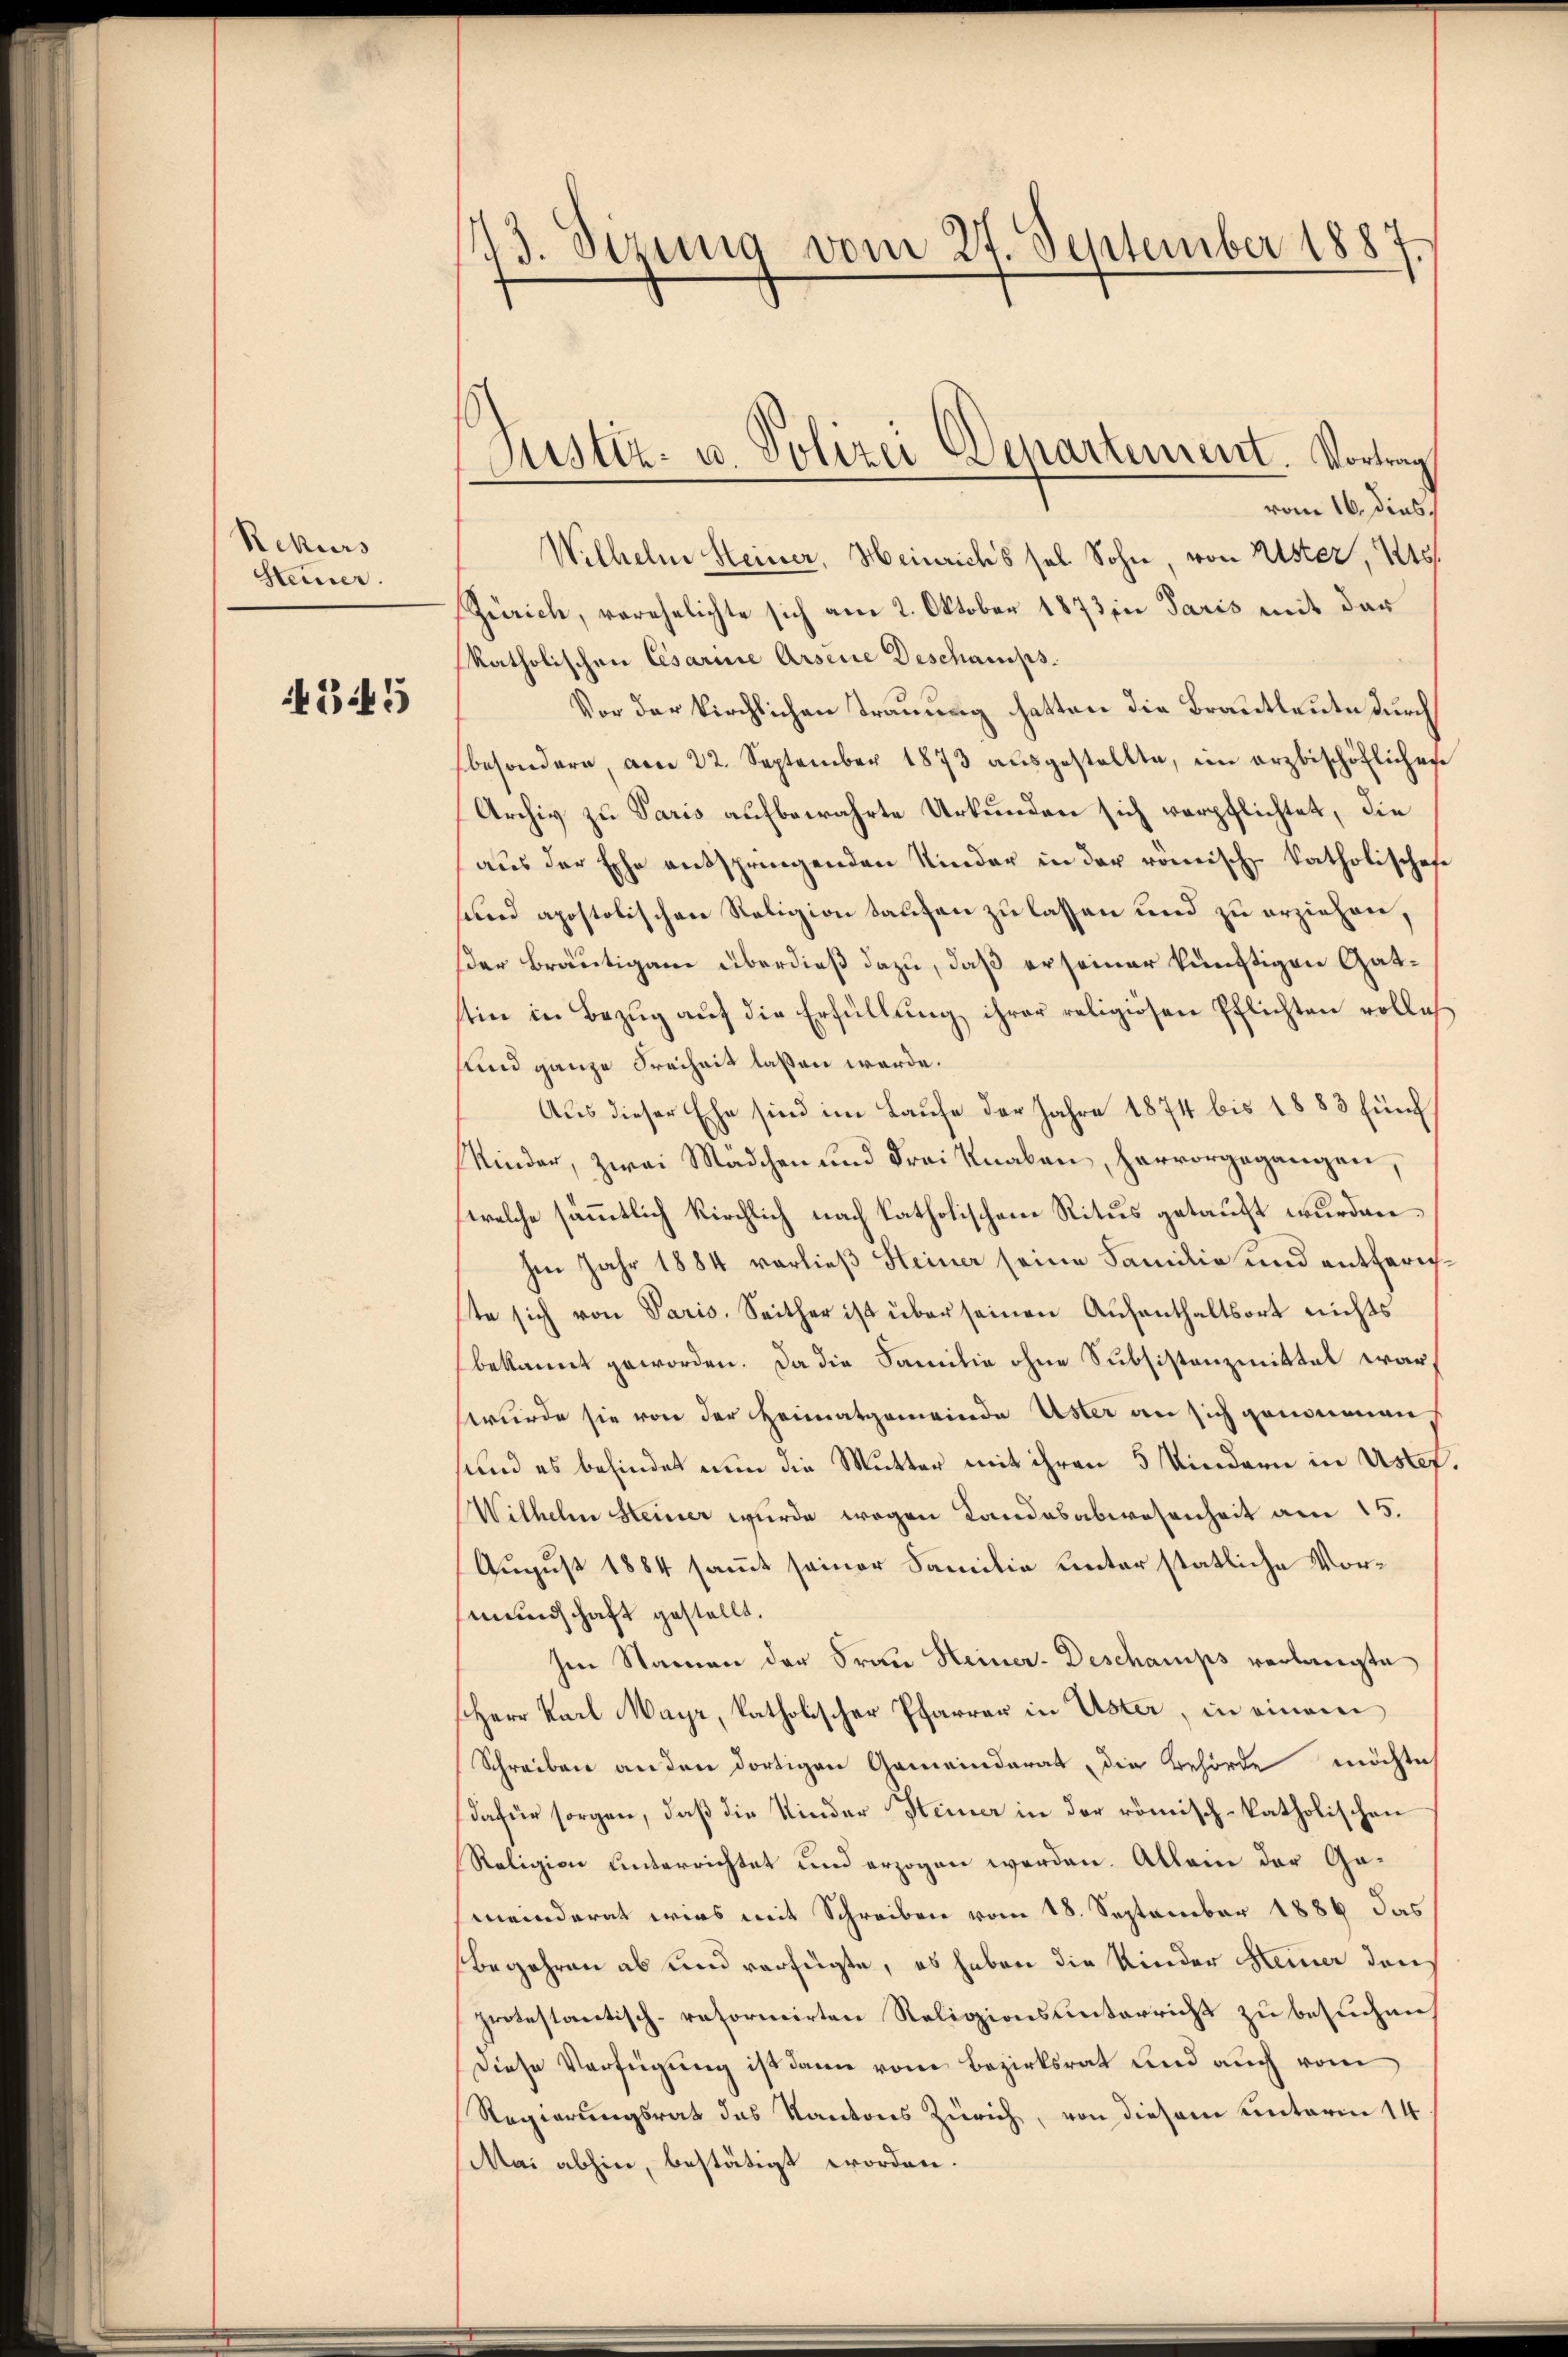
Rekurs
Steiner.

4345

73. Sizung vom 27. September 1887.

Justiz- u. Polizei Departement. Vortrag

vom 16. dies
Wilhelm Steiner, Heinrichs sel. Sohn, von Uster, 216.
Zürich, verehelichte sich am 2. Oktober 1873 in Paris mit der
katholischen Cesarine Arsene Deschamps.
Vor der kirchlichen Trauung hatten die Brautleute durch
besondere, am 22. September 1873 ausgestellte, im arzbischöflichen
Archiv zu Paris aufbewahrte Urkunden sich verpflichtet, die
aus der Ehe entspringenden Kinder in der römische katholisches
sund apostolischen Religion taufen zu lassen und zu erziehen,
der Bräutigam überdieß dazu, daß er seiner künftigen Gatstin in Bezŭg aŭf die Erfüllŭng ihrer religiösen Pflichten volle
und ganze Freiheit lassen werde.
Aus dieser Ehe sind im Laufe der Jahre 1874 bis 1883 fünf
Kinder, zwei Mädchen und Frei Knaben, hervorgegangen,
welche sämmtlich kirchlich nach katholischen Ritus getauft wurden,
Im Jahr 1884 vorließ Steiner seine Familie und entherigte sich von Paris. Seither ist über seinen Aufenthaltsort nichts
bekannt geworden. Da die Familie ohne Subsistenzmittel war,
wurde sie von der Heimatgemeinde Uster an sich genommen,
sund es befindet nun die Mutter mit ihren 5 Kindern in Uster
Wilhelm Steiner wurde wegen Landesabwesenheit am 15.
August 1884 sammt seiner Familie unter statliche Vormundschaft gestellt.
sen Namen der Frau Heiner-Deschamps verlangte
Herr Karl Mayr, katholischer Pfarrer in Uster, in einem
Schreiben an den dortigen Gemeinderat die Behörde möchte
dafür sorgen, daß die Kinder Steiner in der römisch-katholischen
Religion unterrichtet und erzogen werden. Allein der Gameinderat wirs mit Schreiben vom 18. September 1886 das
Begehren ab und verfügte, es haben die Kinder Heiner den
protestantisch-reformirten Religionsunterricht zu besuchen,
Diese Verfügung ist dann vom Bezirksrat und auch vom
Regierungsrat das Kantons Zürich, von diesem unterm 14
Mai abhin, bestätigt worden.